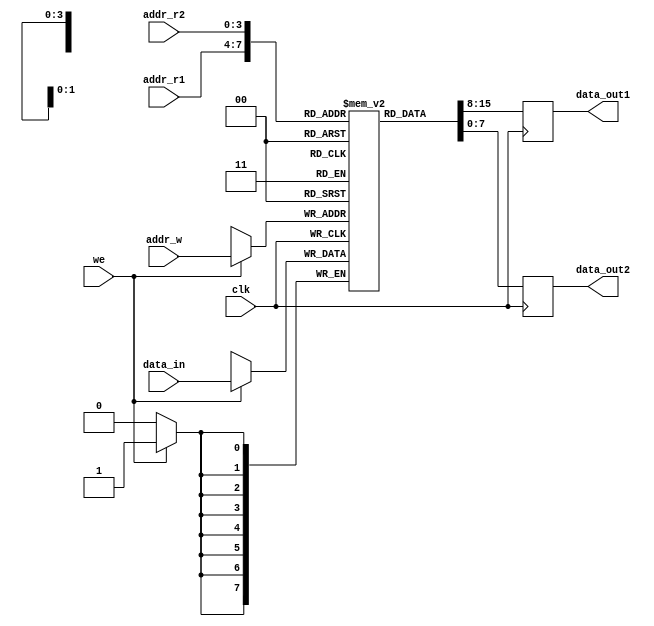
module register_file (
  input wire clk,
  input wire [3:0] addr_w,
  input wire [3:0] addr_r1,
  input wire [3:0] addr_r2,
  input wire we,
  input wire [7:0] data_in,
  output reg [7:0] data_out1,
  output reg [7:0] data_out2
);

reg [7:0] reg_file [15:0];

always @(posedge clk) begin
  if(we) begin
    reg_file[addr_w] <= data_in;
  end
  data_out1 <= reg_file[addr_r1];
  data_out2 <= reg_file[addr_r2];
end

endmodule